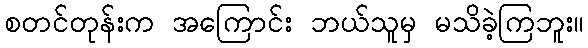
စတင်တုန်းက အကြောင်း ဘယ်သူမှ မသိခဲ့ကြဘူး။